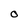
Character: O